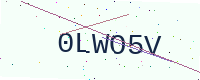
Text: 0LWO5V